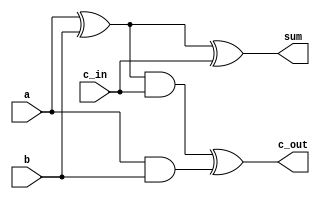
`timescale 1ns / 1ps
//////////////////////////////////////////////////////////////////////////////////
// Company: 
// Engineer: 
// 
// Design Name: 
// Module Name: Sumador1bit
// Project Name: 
// Target Devices: 
// Tool Versions: 
// Description: 
// 
// Dependencies: 
// 
// Revision:
// Revision 0.01 - File Created
// Additional Comments:
// 
//////////////////////////////////////////////////////////////////////////////////


module Sumador1bit(
    input a,b,c_in,
    output sum,c_out
);
    wire s1,s2,c1;
    xor (s1,a,b);
    and(c1,a,b);
    xor(sum,s1,c_in);
    and(s2,s1,c_in);
    xor(c_out,s2,c1);
endmodule